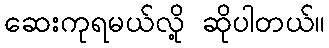
ဆေးကုရမယ်လို့ ဆိုပါတယ်။